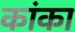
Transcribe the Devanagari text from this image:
कांका